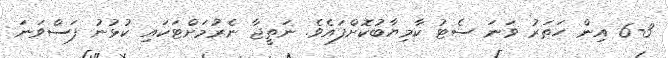
6-3 އިން ހަތަރު ވަނަ ސެޓު ކާމިޔާބުކޮށްފައެވެ. ނަތީޖާ ނެރުމަށްޓަކައި ކުޅުނު ފަސްވަނަ